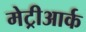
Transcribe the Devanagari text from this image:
मेट्रीआर्क